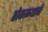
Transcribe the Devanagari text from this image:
ठोकळ्याने